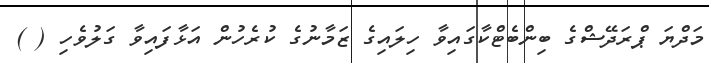
މަދްޔަ ޕްރަދޭޝްގެ ބިންބެޓްކާގައިވާ ހިލައިގެ ޒަމާނުގެ ކުރެހުން އަޅާފައިވާ ގަލުވެހި ( )